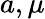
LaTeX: a,\mu